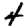
Digit: 4